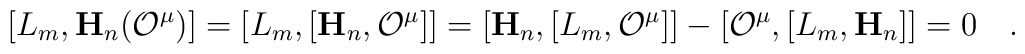
[L_m,\mathbf{H}_n\bigl({\cal O}^\mu\bigr)]  =[L_m,[\mathbf{H}_n,{\cal O}^\mu]]=  [\mathbf{H}_n,[L_m,{\cal O}^\mu]]-  [{\cal O}^\mu,[L_m,\mathbf{H}_n]]=0  \quad.